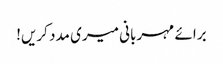
برائے مہربانی میری مدد کریں!